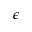
\epsilon